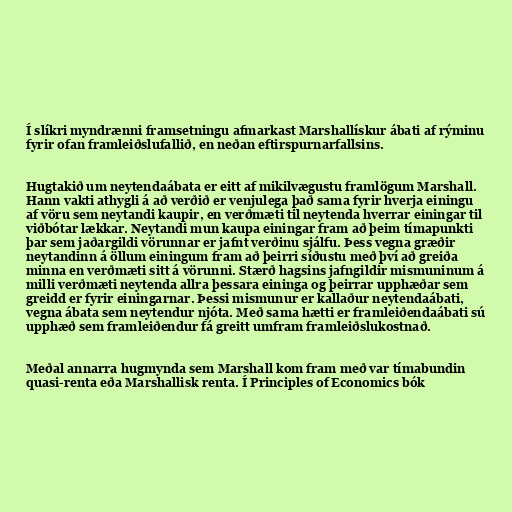
Í slíkri myndrænni framsetningu afmarkast Marshallískur ábati af rýminu
fyrir ofan framleiðslufallið, en neðan eftirspurnarfallsins.

Hugtakið um neytendaábata er eitt af mikilvægustu framlögum Marshall.
Hann vakti athygli á að verðið er venjulega það sama fyrir hverja einingu
af vöru sem neytandi kaupir, en verðmæti til neytenda hverrar einingar til
viðbótar lækkar. Neytandi mun kaupa einingar fram að þeim tímapunkti
þar sem jaðargildi vörunnar er jafnt verðinu sjálfu. Þess vegna græðir
neytandinn á öllum einingum fram að þeirri síðustu með því að greiða
minna en verðmæti sitt á vörunni. Stærð hagsins jafngildir mismuninum á
milli verðmæti neytenda allra þessara eininga og þeirrar upphæðar sem
greidd er fyrir einingarnar. Þessi mismunur er kallaður neytendaábati,
vegna ábata sem neytendur njóta. Með sama hætti er framleiðendaábati sú
upphæð sem framleiðendur fá greitt umfram framleiðslukostnað.

Meðal annarra hugmynda sem Marshall kom fram með var tímabundin
quasi-renta eða Marshallisk renta. Í Principles of Economics bók